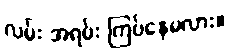
လမ်း အရမ်း ကြပ်နေမလား။